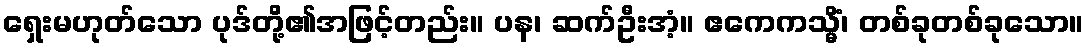
ရှေးမဟုတ်သော ပုဒ်တို့၏အဖြင့်တည်း။ ပန၊ ဆက်ဦးအံ့။ ဧကေကသ္မိံ၊ တစ်ခုတစ်ခုသော။